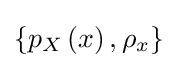
\left\{p_{X}\left(x\right),\rho _{x}\right\}